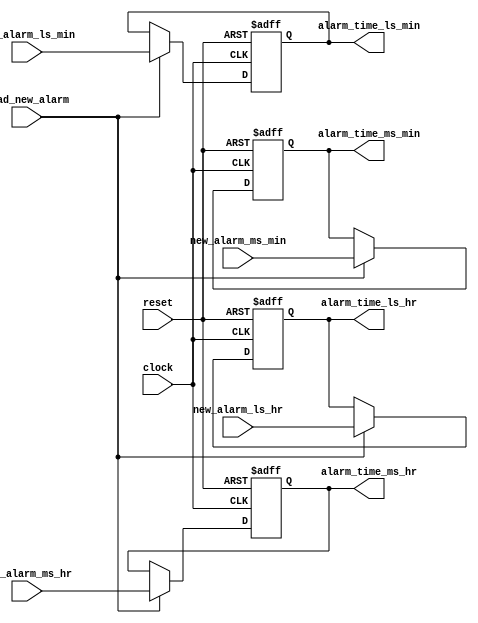
/********************************************************************************************

Copyright 2018-2019 - Maven Silicon Softech Pvt Ltd. All Rights Reserved.

This source code is an unpublished work belongs to Maven Silicon Softech Pvt Ltd.
It is considered a trade secret and is not to be divulged or used by parties who 
have not received written authorization from Maven Silicon Softech Pvt Ltd.

Maven Silicon Softech Pvt Ltd
Bangalore - 560076

Webpage: www.maven-silicon.com

Filename:	alarm_reg.v   

Description:	This is a functional description of alarm register unit .
                It is a lodable register which stores the alarm time .

Date:		01/05/2018

Author:		Maven Silicon

Email:		online@maven-silicon.com

Version:	1.0

*********************************************************************************************/

module alarm_reg (new_alarm_ms_hr,
              new_alarm_ls_hr,
              new_alarm_ms_min,
              new_alarm_ls_min,
              load_new_alarm,
              clock,
              reset,
              alarm_time_ms_hr,
              alarm_time_ls_hr,
              alarm_time_ms_min,
              alarm_time_ls_min );

// Define input and output port directions
input 	[3:0]new_alarm_ms_hr,
             new_alarm_ls_hr,
             new_alarm_ms_min,
             new_alarm_ls_min;

input load_new_alarm,clock,reset;

output reg	[3:0]alarm_time_ms_hr,
              	     alarm_time_ls_hr,
                     alarm_time_ms_min,
                     alarm_time_ls_min;


always @ (posedge clock or posedge reset)

begin
  // Upon reset, store reset value(1'b0) to the alarm_time registers
	if(reset==1)
		begin
		    {alarm_time_ms_hr,
              	     alarm_time_ls_hr,
                     alarm_time_ms_min,
                     alarm_time_ls_min}=0;
			
		end
  // Else if no reset, check for load_new_alarm signal and load new_alarm time to alarm_time registers
	else if(load_new_alarm==1)
		begin
		     alarm_time_ms_hr<=new_alarm_ms_hr;
              	     alarm_time_ls_hr<=new_alarm_ls_hr;
                     alarm_time_ms_min<=new_alarm_ms_min;
                     alarm_time_ls_min<=new_alarm_ls_min;
		end

		
		

  
end

endmodule